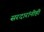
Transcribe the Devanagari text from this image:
सरदारांनीही